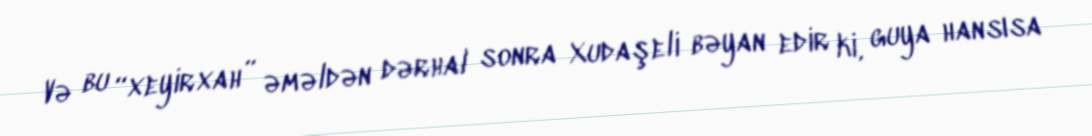
Və bu “xeyirxah” əməldən dərhal sonra Xudaşeli bəyan edir ki, guya hansısa